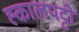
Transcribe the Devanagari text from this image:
ह्कालपट्टी